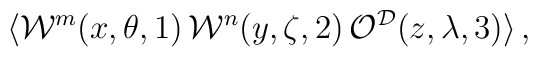
\langle {\cal W}^m(x,\theta,1) \,  {\cal W}^n(y,\zeta,2) \,  {\cal O}^{{\cal D}}(z,\lambda,3) \rangle \, ,